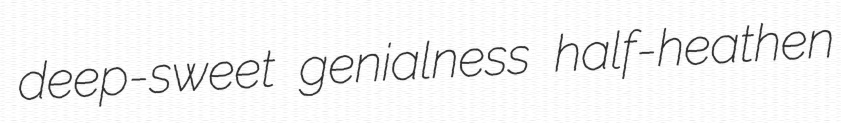
deep-sweet genialness half-heathen